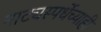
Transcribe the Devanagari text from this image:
नाट्यस्पर्धेच्याही